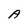
Character: A